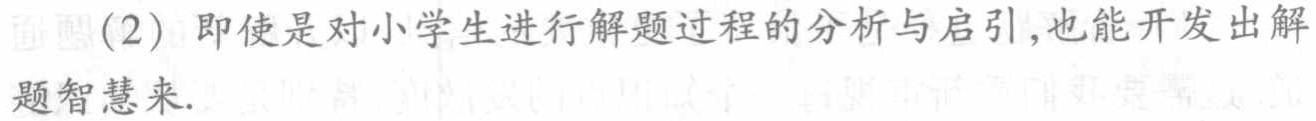
（2）即使是对小学生进行解题过程的分析与启引,也能开发出解题智慧来.